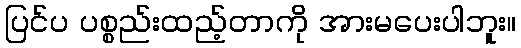
ပြင်ပ ပစ္စည်းထည့်တာကို အားမပေးပါဘူး။